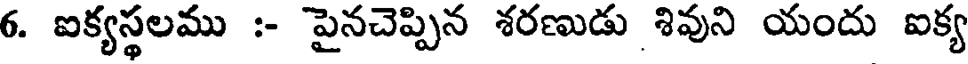
6. ఐక్యస్థలము :- పైనచెప్పిన శరణుడు శివుని యందు ఐక్య